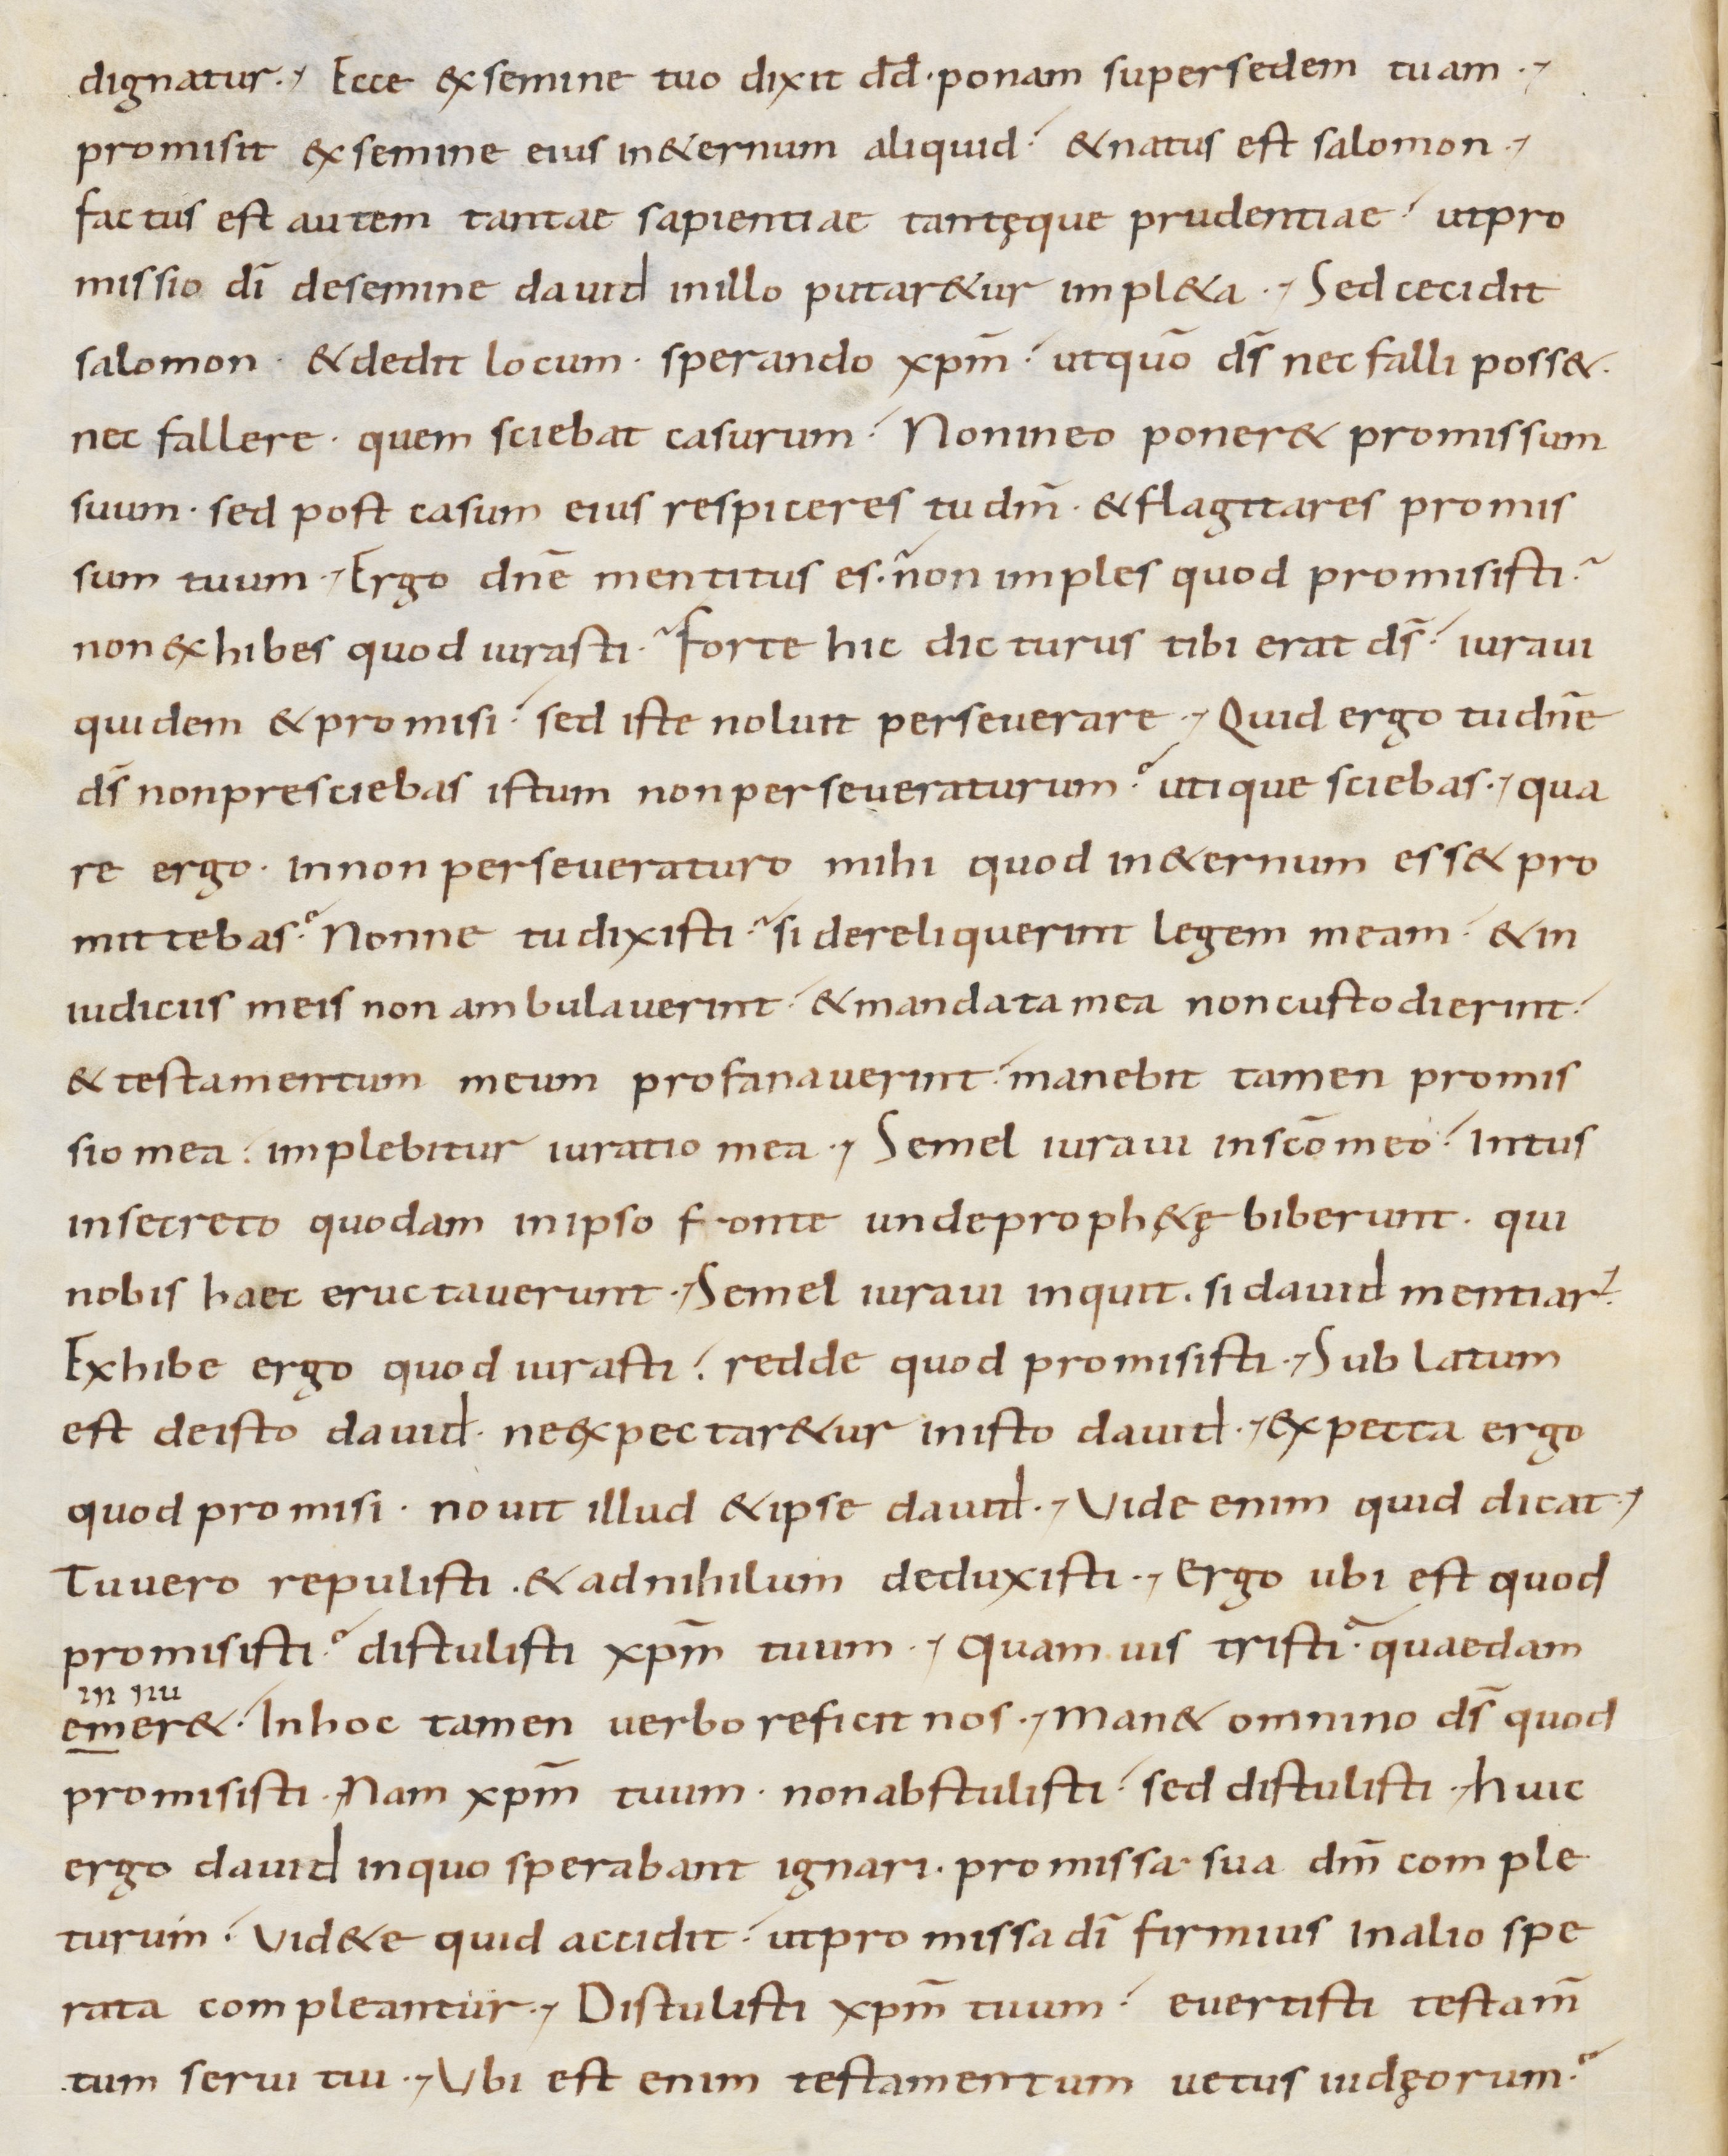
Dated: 800–899